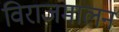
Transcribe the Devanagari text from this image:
विराजमालन